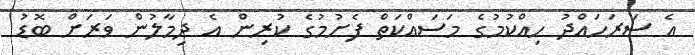
އެ ސަރަހައްދު ހިއްކުމުގެ މަސައްކަތް ފެށުމުގެ ކުރިން އެ ދިމާލުން ވަރަށް ބޮޑު